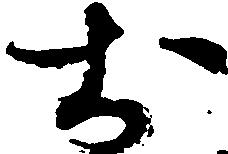
お